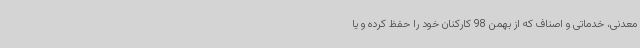
معدنی، خدماتی و اصناف که از بهمن 98 کارکنان خود را حفظ کرده و یا